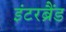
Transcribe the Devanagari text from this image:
इंटरब्रैंड